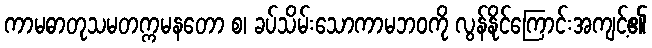
ကာမဓာတုသမတက္ကမနတော စ၊ ခပ်သိမ်းသောကာမဘဝကို လွန်နိုင်ကြောင်းအကျင့်၏